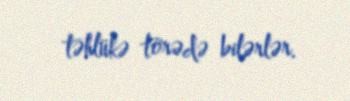
təhlükə törədə bilərlər.